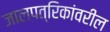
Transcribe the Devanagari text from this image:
जालपत्रिकांवरील